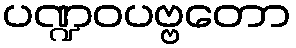
ပဏ္ဍဝပဗ္ဗတော